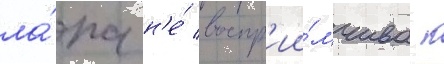
ла́па н'е́ воспр'ии́мчива к